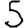
Digit: 5